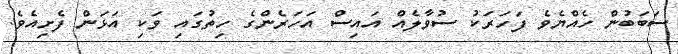
ސަބަބުން ހެއްޔެވެ ފަހަރަކު ސުވާލެއް އައިސް އަހަރެންގެ ހިތުގައި ވަކި އަޅަން ފެށިއެވެ.